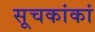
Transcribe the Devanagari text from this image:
सूचकांकां